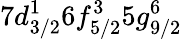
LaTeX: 7d_{3/2}^{1}6f_{5/2}^{3}5g_{9/2}^{6}